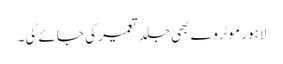
لاہور موٹروے بھی جلد تعمیر کی جائے گی۔